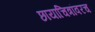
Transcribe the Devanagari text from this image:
छायाचित्रांवरच